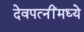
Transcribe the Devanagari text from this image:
देवपत्‍नींमध्ये